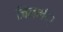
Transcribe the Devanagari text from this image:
जिनमं्